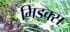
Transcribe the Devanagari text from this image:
मिड्क्स